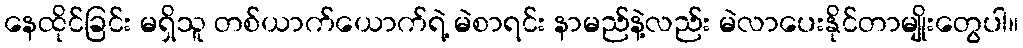
နေထိုင်ခြင်း မရှိသူ တစ်ယာက်ယောက်ရဲ့ မဲစာရင်း နာမည်နဲ့လည်း မဲလာပေးနိုင်တာမျိုးတွေပါ။